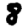
Digit: 8